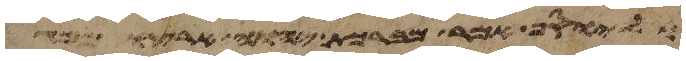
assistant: וליוסף אמר מברכת יהוה ארצו